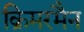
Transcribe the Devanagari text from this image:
क्रिमरमैन